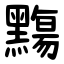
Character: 䵰